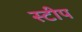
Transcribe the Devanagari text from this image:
स्टीप